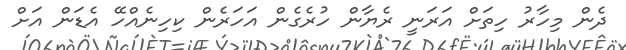
ދެން މިހާރު ހިތަށް އަރަނީ ރެޔާން ހުރެގެން އަހަރެން ކިހިނެއްހޭ އެޑަން އަށް